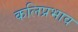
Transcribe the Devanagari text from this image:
कलिप्रभाव